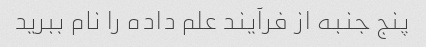
پنج جنبه از فرآیند علم داده را نام ببرید